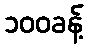
၁၀၀ခန့်